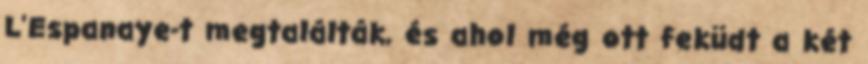
L'Espanaye-t megtalálták, és ahol még ott feküdt a két